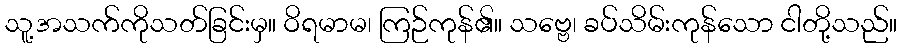
သူ့အသက်ကိုသတ်ခြင်းမှ။ ဝိရမာမ၊ ကြဉ်ကုန်၏။ သဗ္ဗေ၊ ခပ်သိမ်းကုန်သော ငါတို့သည်။